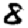
Digit: 8